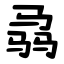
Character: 骉